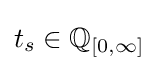
t_{s}\in \mathbb {Q} _{[0,\infty ]}